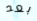
بعد